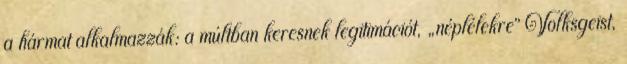
a hármat alkalmazzák: a múltban keresnek legitimációt, „néplélekre” Volksgeist,